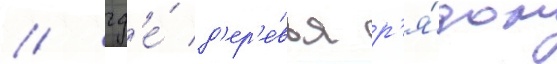
/ гд'е́ д'ер'е́вья р'я́дом